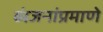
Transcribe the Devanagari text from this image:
व्यंजनांप्रमाणे